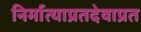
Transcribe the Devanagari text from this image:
निर्मात्याप्रतदेवाप्रत